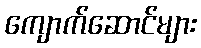
ကျောက်ဆောင်များ